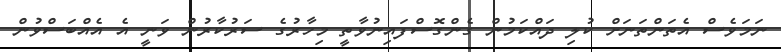
ނަމަވެސް އެތަންތަނަށް ކުލި ދައްކަމުން ގެންގޮސްފައިނުވާތީ މިހާރުގެ ސަރުކާރުން ވަނީ އެ އެއްބަސްވުން